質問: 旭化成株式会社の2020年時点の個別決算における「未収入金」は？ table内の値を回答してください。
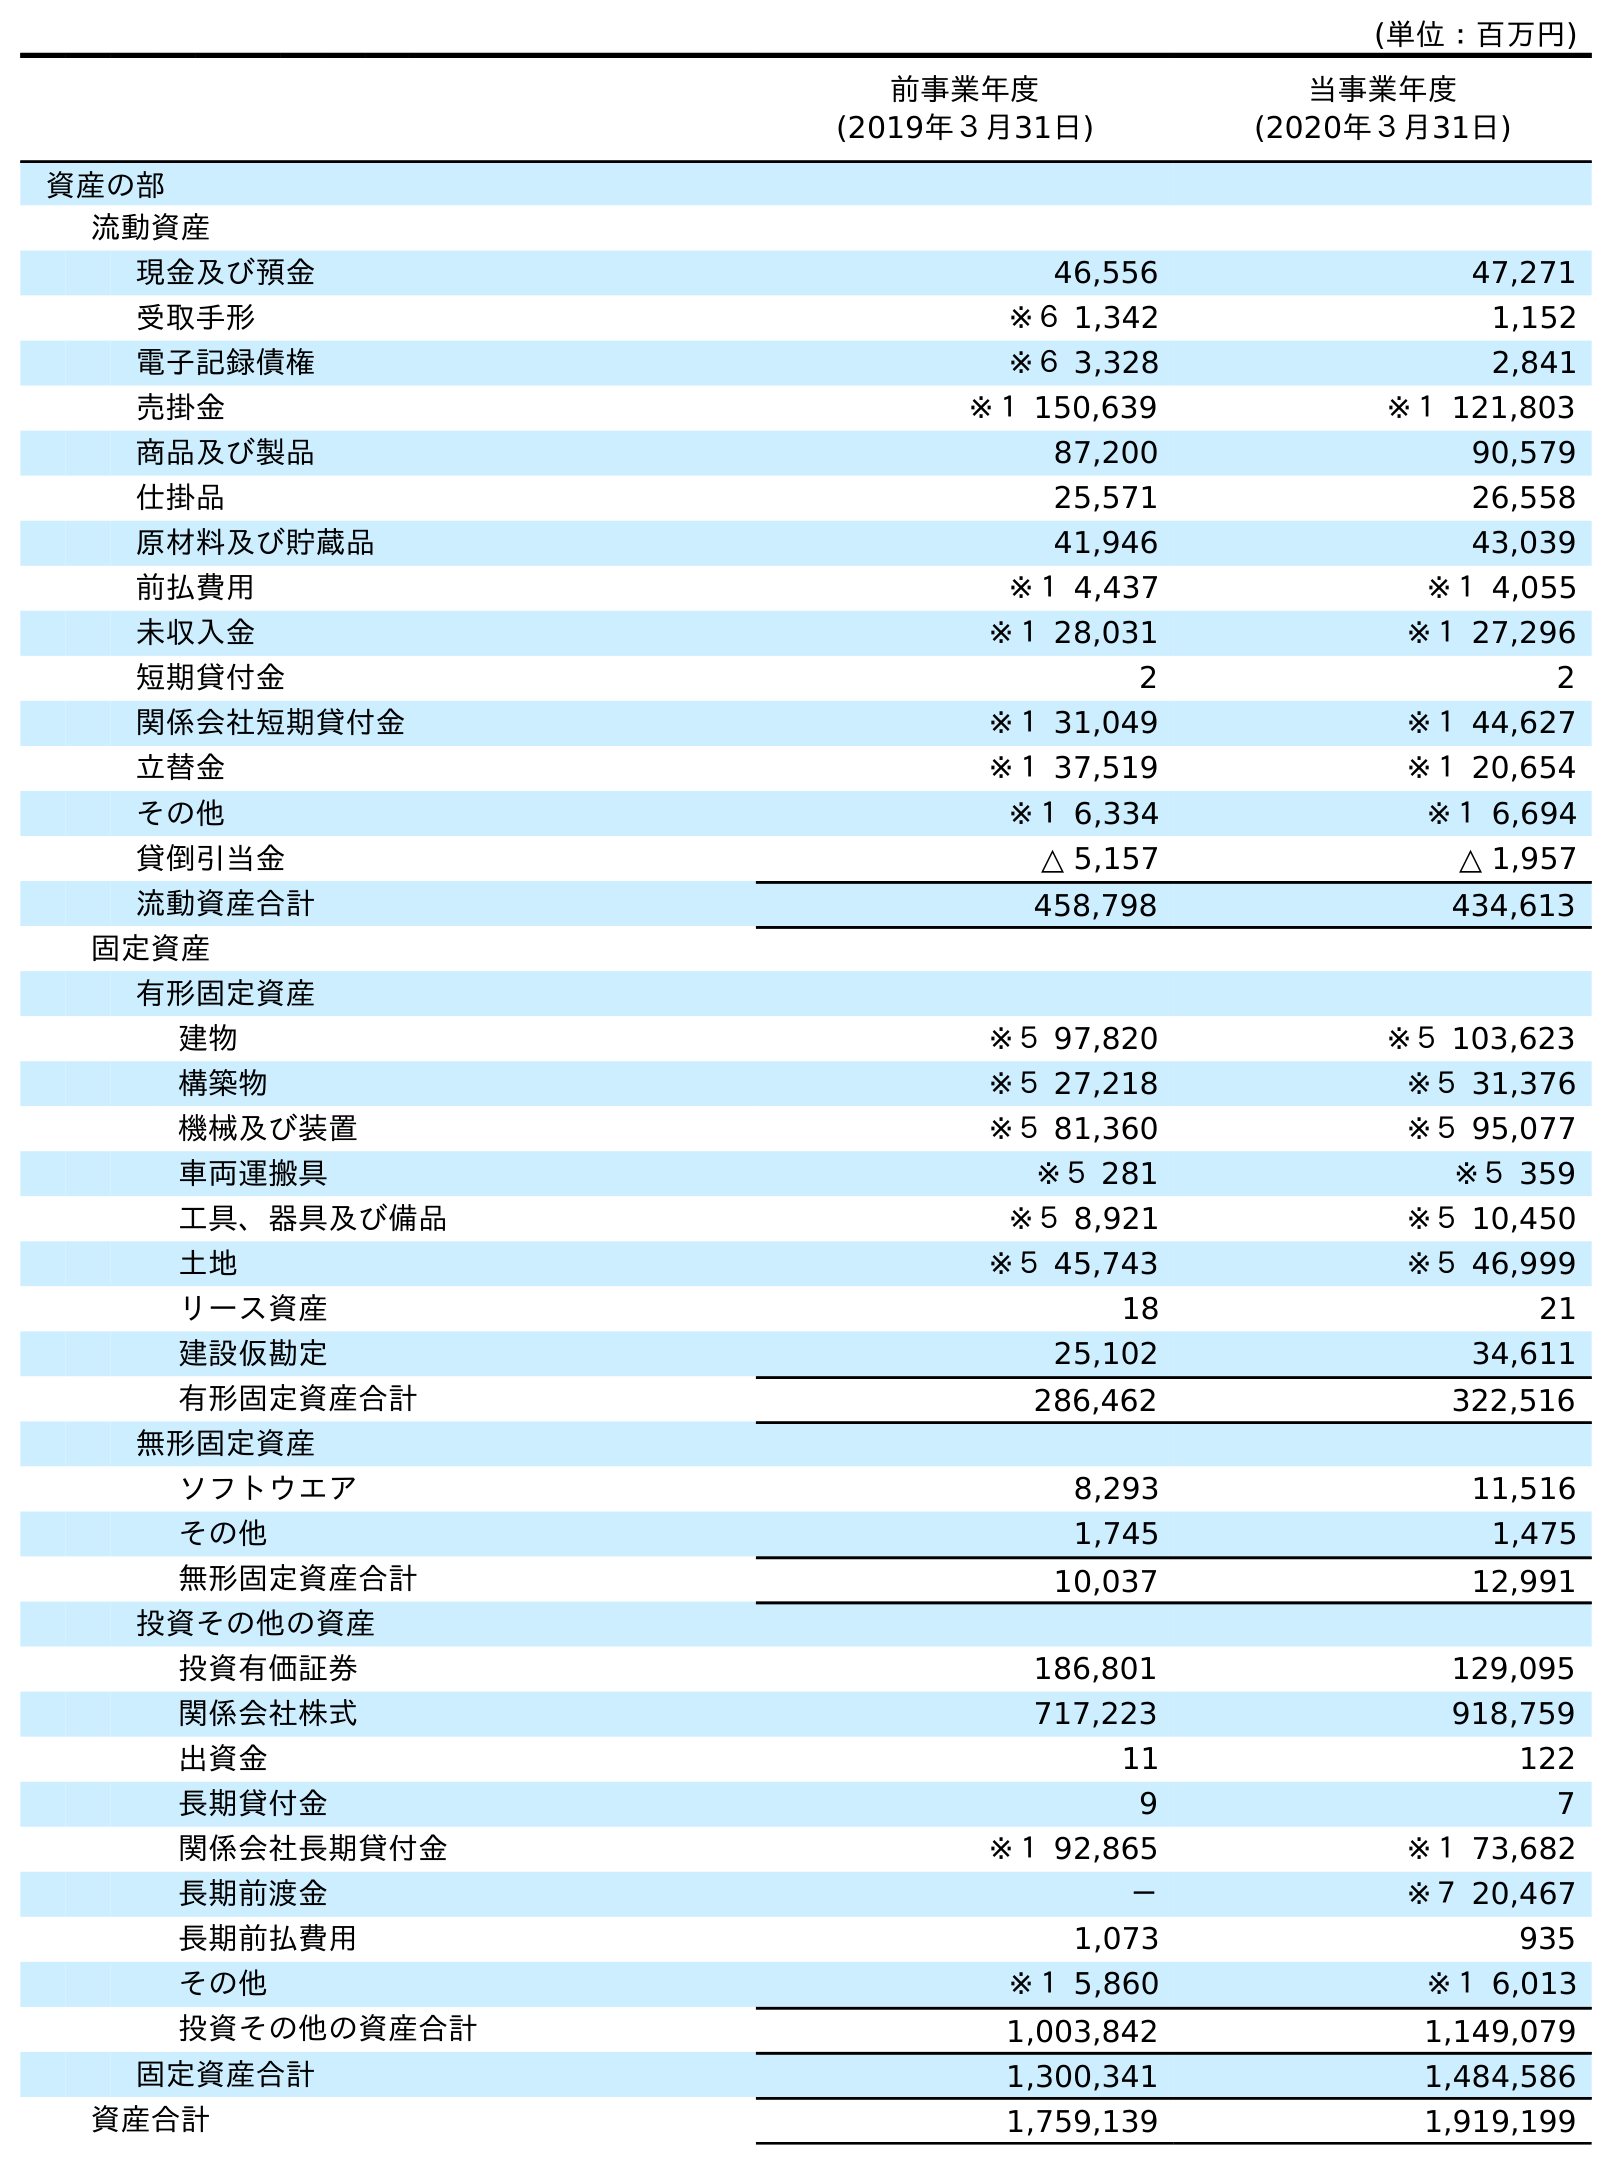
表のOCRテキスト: (単位：百万円) 前事業年度 (2019年３月31日) 当事業年度 (2020年３月31日) 資産の部 流動資産 現金及び預金 46,556 47,271 受取手形 ※６ 1,342 1,152 電子記録債権 ※６ 3,328 2,841 売掛金 ※１ 150,639 ※１ 121,803 商品及び製品 87,200 90,579 仕掛品 25,571 26,558 原材料及び貯蔵品 41,946 43,039 前払費用 ※１ 4,437 ※１ 4,055 未収入金 ※１ 28,031 ※１ 27,296 短期貸付金 2 2 関係会社短期貸付金 ※１ 31,049 ※１ 44,627 立替金 ※１ 37,519 ※１ 20,654 その他 ※１ 6,334 ※１ 6,694 貸倒引当金 △ 5,157 △ 1,957 流動資産合計 458,798 434,613 固定資産 有形固定資産 建物 ※５ 97,820 ※５ 103,623 構築物 ※５ 27,218 ※５ 31,376 機械及び装置 ※５ 81,360 ※５ 95,077 車両運搬具 ※５ 281 ※５ 359 工具、器具及び備品 ※５ 8,921 ※５ 10,450 土地 ※５ 45,743 ※５ 46,999 リース資産 18 21 建設仮勘定 25,102 34,611 有形固定資産合計 286,462 322,516 無形固定資産 ソフトウエア 8,293 11,516 その他 1,745 1,475 無形固定資産合計 10,037 12,991 投資その他の資産 投資有価証券 186,801 129,095 関係会社株式 717,223 918,759 出資金 11 122 長期貸付金 9 7 関係会社長期貸付金 ※１ 92,865 ※１ 73,682 長期前渡金 － ※７ 20,467 長期前払費用 1,073 935 その他 ※１ 5,860 ※１ 6,013 投資その他の資産合計 1,003,842 1,149,079 固定資産合計 1,300,341 1,484,586 資産合計 1,759,139 1,919,199
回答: ※１27,296